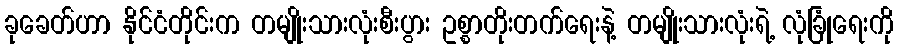
ခုခေတ်ဟာ နိုင်ငံတိုင်းက တမျိုးသားလုံးစီးပွား ဥစ္စာတိုးတက်ရေးနဲ့ တမျိုးသားလုံးရဲ့ လုံခြုံရေးကို